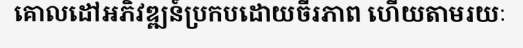
គោលដៅអភិវឌ្ឍន៍ប្រកបដោយចីរភាព ហើយតាមរយៈ